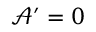
\mathcal { A } ^ { \prime } = 0